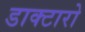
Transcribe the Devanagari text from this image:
डाक्टारो